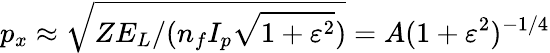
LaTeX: p_{x}\approx\sqrt{ZE_{L}/(n_{f}I_{p}\sqrt{1+\varepsilon^{2}})}=A(1+\varepsilon^{2})^{-1/4}